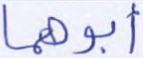
أبوهما